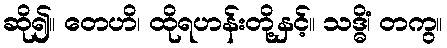
ဆို၍။ တေဟိ၊ ထိုရဟန်းတို့နှင့်။ သဒ္ဓိံ၊ တကွ။